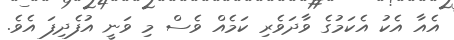
އެެއާ އެކު އެކަމުގެ ވާދަވެރި ކަމެއް ވެސް މި ވަނީ އުފެދިފަ އެވެ.